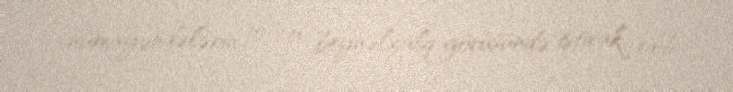
nümayəndələrin 10-cu beynəlxalq görüşündə iştirak edib.